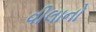
વીલાનો